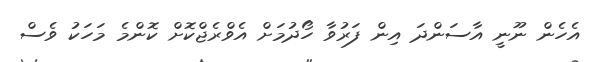
އެހެން ނޫނީ އާސަންދަ އިން ފަރުވާ ހޯދުމަށް އެވްރެޖްކޮށް ކޮންމެ މަހަކު ވެސް